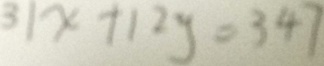
3 1 x + 1 2 y = 3 4 7